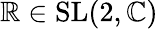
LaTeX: \mathbb{R}\in\mathrm{{SL}}(2,\mathbb{{C}})